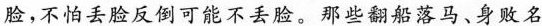
脸，不怕丢脸反可能不丢脸。那些翻船落马、身败名